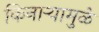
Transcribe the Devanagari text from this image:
किनार्‍यामुळे